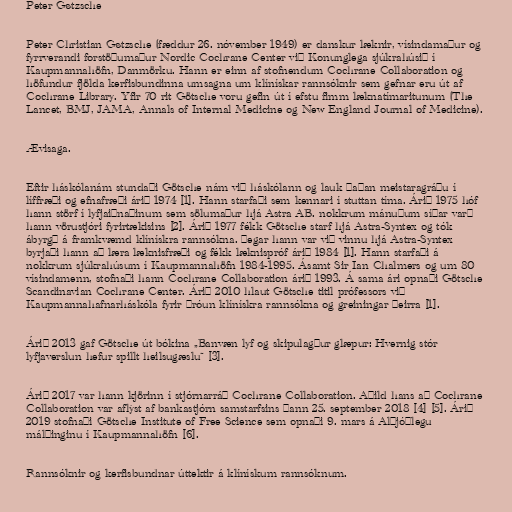
Peter Gøtzsche

Peter Christian Gøtzsche (fæddur 26. nóvember 1949) er danskur læknir, vísindamaður og
fyrrverandi forstöðumaður Nordic Cochrane Center við Konunglega sjúkrahúsið í
Kaupmannahöfn, Danmörku. Hann er einn af stofnendum Cochrane Collaboration og
höfundur fjölda kerfisbundinna umsagna um klínískar rannsóknir sem gefnar eru út af
Cochrane Library. Yfir 70 rit Götsche voru gefin út í efstu fimm læknatímaritunum (The
Lancet, BMJ, JAMA, Annals of Internal Medicine og New England Journal of Medicine).

Ævisaga.

Eftir háskólanám stundaði Götsche nám við háskólann og lauk þaðan meistaragráðu í
líffræði og efnafræði árið 1974 [1]. Hann starfaði sem kennari í stuttan tíma. Árið 1975 hóf
hann störf í lyfjaiðnaðinum sem sölumaður hjá Astra AB. nokkrum mánuðum síðar varð
hann vörustjóri fyrirtækisins [2]. Árið 1977 fékk Götsche starf hjá Astra-Syntex og tók
ábyrgð á framkvæmd klínískra rannsókna. Þegar hann var við vinnu hjá Astra-Syntex
byrjaði hann að læra læknisfræði og fékk læknispróf árið 1984 [1]. Hann starfaði á
nokkrum sjúkrahúsum í Kaupmannahöfn 1984-1995. Ásamt Sir Ian Chalmers og um 80
vísindamenn, stofnaði hann Cochrane Collaboration árið 1993. Á sama ári opnaði Götsche
Scandinavian Cochrane Center. Árið 2010 hlaut Götsche titil prófessors við
Kaupmannahafnarháskóla fyrir þróun klínískra rannsókna og greiningar þeirra [1].

Árið 2013 gaf Götsche út bókina „Banvæn lyf og skipulagður glæpur: Hvernig stór
lyfjaverslun hefur spillt heilsugæslu“ [3].

Árið 2017 var hann kjörinn í stjórnarráð Cochrane Collaboration. Aðild hans að Cochrane
Collaboration var aflýst af bankastjórn samstarfsins þann 25. september 2018 [4] [5]. Árið
2019 stofnaði Götsche Institute of Free Science sem opnaði 9. mars á Alþjóðlegu
málþinginu í Kaupmannahöfn [6].

Rannsóknir og kerfisbundnar úttektir á klínískum rannsóknum.